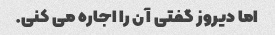
اما دیروز گفتی آن را اجاره می کنی.